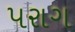
પરાગ